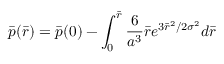
\bar { p } ( \bar { r } ) = \bar { p } ( 0 ) - \int _ { 0 } ^ { \bar { r } } \frac { 6 } { a ^ { 3 } } \bar { r } e ^ { 3 \bar { r } ^ { 2 } / 2 { \sigma } ^ { 2 } } d \bar { r }